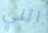
اثني